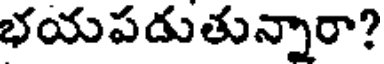
భయపడుతున్నారా?